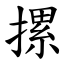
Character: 摞